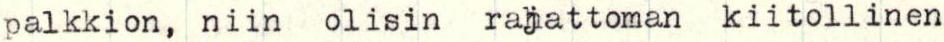
palkkion, niin olisin rajattoman kiitollinen